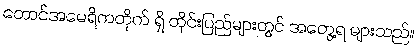
တောင်အမေရိကတိုက် ရှိ တိုင်းပြည်များတွင် အတွေ့ရ များသည်။